Statistical return of the lunatic asylum in Assam - 1912-1932
Year: 1912
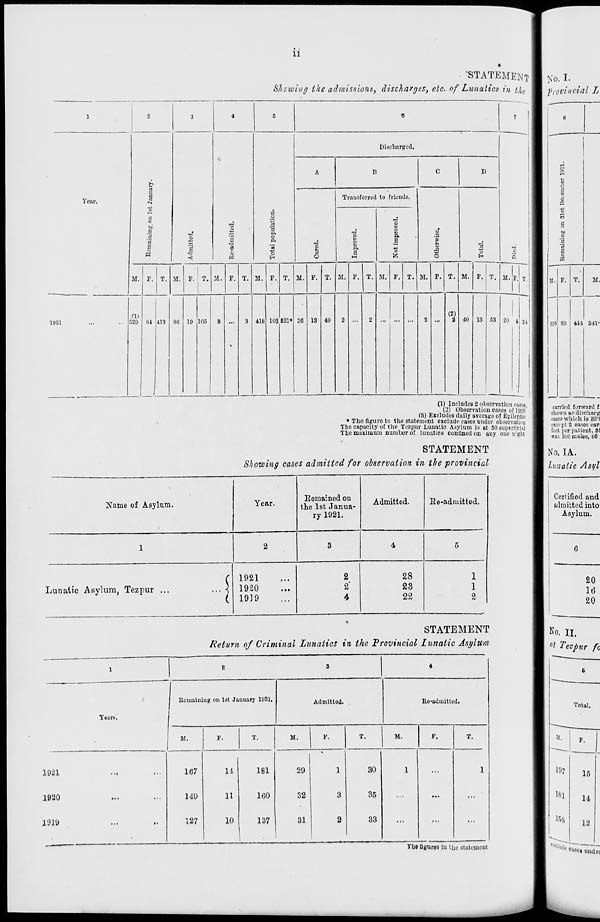
• i
11
'STATEMENT
Shewing the admissions, discharges, etc of Lunatics in t/ le
1
2
3
4
5
e
7
DiecbaTgcd.
A
B
C
D
Er
3
Year.
a
Trausfcrrcd to friends.
a
C
o
o
•a
to
a
a
3 A
o
A
•a
>
o
a
a
"S
a
1
<
a
"3
H
T3
l
A
a
i—i
*5
o
■a
o
"o
■a
Q
M. F. T. M. r. T. M. F. T. M. F. T. M. F. T. M. F. T. M. F. T. M. F. T. M. F. T. M. P.
(11
(2)
1921
329 81
1
413 86 19 105
8
•
S 418 103 821* 36 13 49
2
2
2
a 40 13 63 20 4 2i
(1) Includes 2 observation cases,
(2) Observation cases of 1920'
(3) Excludes daily avcrago of Epileptic
• Tho figure in the statement exclude cases under observation
Tho capacity of tho Tozpur Lunatic Asylum is at 50 superficial
Tho maximum number of lunatics confined on any one n'ght
STATEMENT
Showing cases admitted for observation in tie provincial
Name of Asylum.
Year.
Remained on
the 1st Janua-
ry 1921.
Admitted.
Re-admitted.
1
2
3
4
5
Lunatic Asylum, Tezpur ...
... <
1921
19-20
1939
2
2'
4
28
23
22
1
1
2
STATEMENT
Return of Criminal Lunatics in the Provincial Lunatic Asylum
Remaining on 1st January 1921,
Years.
Admitted.
Readmitted.
M.
1921
1920
1919
107
149
127
T.
11
11
10
181
160
137
M.
F.
T.
,
M.
F.
29
1
30
1
...
32
3
35
...
...
31
2
33
...
...
carried forward f
shown as disoharg
ca6CS which is 32 - i
except 2 cases car:
feet per patient, St
was :;> i' males, 66 :
20
16
20
No. II.
a t Tezp ur fc
6
IU« fignroB iu the statement